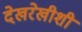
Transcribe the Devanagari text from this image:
देखरेखीशी